Malarial fevers
Disease focus: Malaria
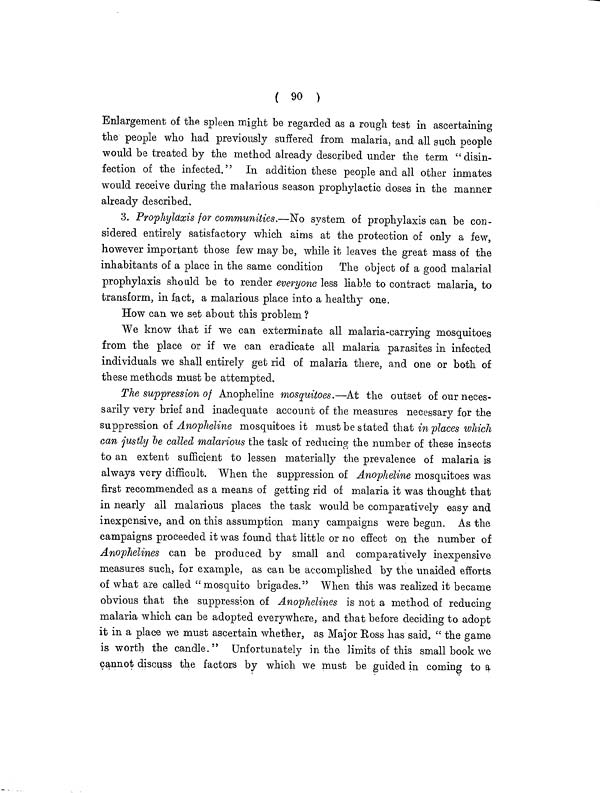
( 90 )
Enlargement of the spleen might be regarded as a rough test in ascertaining
the people who had previously suffered from malaria, and all such people
would be treated by the method already described under the term " disin-
fection of the infected." In addition these people and all other inmates
would receive during the malarious season prophylactic doses in the manner
already described.
3. Prophylaxis for communities.—No system of prophylaxis can be con-
sidered entirely satisfactory which aims at the protection of only a few,
however important those few may be, while it leaves the great mass of the
inhabitants of a place in the same condition The object of a good malarial
prophylaxis should be to render everyone less liable to contract malaria, to
transform, in fact, a malarious place into a healthy one.
How can we set about this problem ?
We know that if we can exterminate all malaria-carrying mosquitoes
from the place or if we can eradicate all malaria parasites in infected
individuals we shall entirely get rid of malaria there, and one or both of
these methods must be attempted.
The suppression of Anopheline mosquitoes.—At the outset of our neces-
sarily very brief and inadequate account of the measures necessary for the
suppression of Anopheline mosquitoes it must be stated that in places which
can justly be called malarious the task of reducing the number of these insects
to an extent sufficient to lessen materially the prevalence of malaria is
always very difficult. When the suppression of Anopheline mosquitoes was
first recommended as a means of getting rid of malaria it was thought that
in nearly all malarious places the task would be comparatively easy and
inexpensive, and on this assumption many campaigns were begun. As the
campaigns proceeded it was found that little or no effect on the number of
Anophelines can be produced by small and comparatively inexpensive
measures such, for example, as can be accomplished by the unaided efforts
of what are called "mosquito brigades." When this was realized it became
obvious that the suppression of Anophelines is not a method of reducing
malaria which can be adopted everywhere, and that before deciding to adopt
it in a place we must ascertain whether, as Major Ross has said, " the game
is worth the candle." Unfortunately in the limits of this small book we
cannot discuss the factors by which we must be guided in coming to a